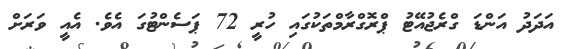
އަދަދު އަންޑަ ގްރެޖުއޭޓު ޕްރޮގްރާމްތަކުގައި ހުރީ 72 ޕަސެންޓުގަ އެވެ. އެއީ ވަރަށް